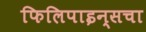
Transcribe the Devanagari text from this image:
फिलिपाइन्सचा